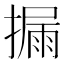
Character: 𪮪